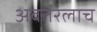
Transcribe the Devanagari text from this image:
अवतरलाच